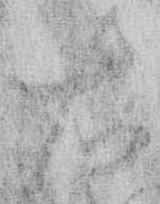
右